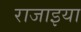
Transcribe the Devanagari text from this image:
राजाइया